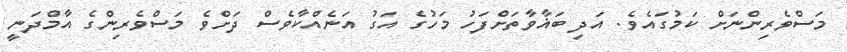
މަސްވެރިންނަށް ކަމުގައެވެ. އަދި ބަޣާވާތަށްފަހު މަހުގެ އަގު އަނެއްކާވެސް ދަށްވެ މަސްވެރިންގެ އާމްދަނީ